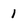
Character: 1